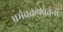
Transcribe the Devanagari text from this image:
धर्मचक्रप्रवर्तनों